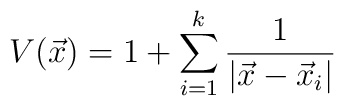
V(\vec x)=1+\sum_{i=1}^k{1\over |\vec x-\vec x_i|}